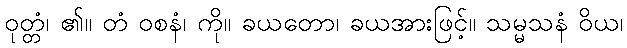
ဝုတ္တံ၊ ၏။ တံ ဝစနံ၊ ကို။ ခယတော၊ ခယအားဖြင့်။ သမ္မသနံ ဝိယ၊